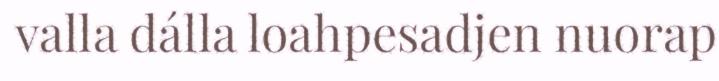
valla dálla loahpesadjen nuorap